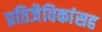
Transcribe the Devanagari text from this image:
प्रतिजैविकांसह